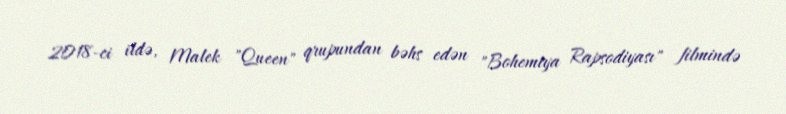
2018-ci ildə, Malek "Queen" qrupundan bəhs edən "Bohemiya Rapsodiyası" filmində